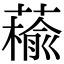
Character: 䕆